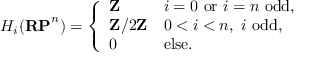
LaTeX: H _ { i } ( \mathbf { R P } ^ { n } ) = { \left\{ \begin{array} { l l } { \mathbf { Z } } & { i = 0 { \mathrm { ~ o r ~ } } i = n { \mathrm { ~ o d d , } } } \\ { \mathbf { Z } / 2 \mathbf { Z } } & { 0 < i < n , \ i \ { \mathrm { o d d , } } } \\ { 0 } & { { \mathrm { e l s e . } } } \end{array} \right. }